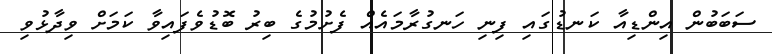
ސަބަބުން އިންޑިއާ ކަނޑުގައި ފިނި ހަނގުރާމައެއް ފެށުމުގެ ބިރު ބޮޑުވެފައިވާ ކަމަށް ވިދާޅުވި